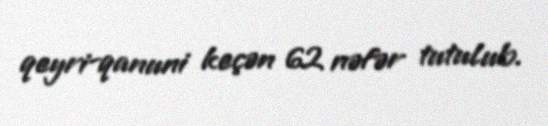
qeyri-qanuni keçən 62 nəfər tutulub.